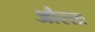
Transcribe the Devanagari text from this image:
औरतः